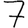
Digit: 7